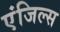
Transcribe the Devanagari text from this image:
एंजिल्स